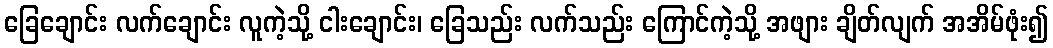
ခြေချောင်း လက်ချောင်း လူကဲ့သို့ ငါးချောင်း၊ ခြေသည်း လက်သည်း ကြောင်ကဲ့သို့ အဖျား ချိတ်လျက် အအိမ်ဖုံး၍